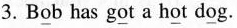
3.B\underline{o}b has g\underline{o}t a h\underline{o}t d\underline{o}g.